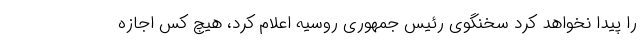
را پیدا نخواهد کرد سخنگوی رئیس جمهوری روسیه اعلام کرد، هیچ کس اجازه